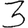
Digit: 3